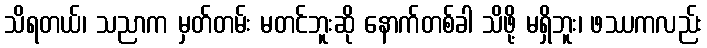
သိရတယ်၊ သညာက မှတ်တမ်း မတင်ဘူးဆို နောက်တစ်ခါ သိဖို့ မရှိဘူး၊ ဖဿကလည်း